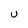
Character: U